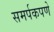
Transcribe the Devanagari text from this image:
समर्पकपणे